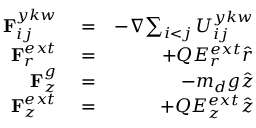
\begin{array} { r l r } { { { \bf { F } } _ { i j } ^ { y k w } } } & { { } = } & { - { \nabla } { \sum _ { \substack { i < j } } { { { U } } _ { i j } ^ { y k w } } } } \\ { { { \bf { F } } _ { r } ^ { e x t } } } & { { } = } & { + { Q } { E _ { r } ^ { e x t } } { \hat { r } } } \\ { { { \bf { F } } _ { z } ^ { g } } } & { { } = } & { - { { m _ { d } } g { \hat { z } } } } \\ { { { \bf { F } } _ { z } ^ { e x t } } } & { { } = } & { + { Q } { E _ { z } ^ { e x t } } { \hat { z } } } \end{array}